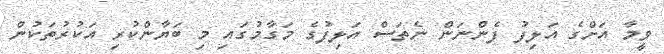
ވީމާ އަށްގެ އަލިފު ފެންނަން ނެތަސް އަލިފުގެ މަގާމުގައި މި ބަޔާންކުރި އަކުރުތަކުން